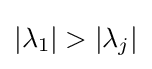
|\lambda _{1}|>|\lambda _{j}|